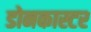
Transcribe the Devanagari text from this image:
डोनकास्टर